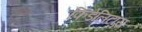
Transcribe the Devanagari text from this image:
फिडेलिटास